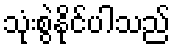
သုံးစွဲနိုင်ပါသည်